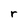
Character: r